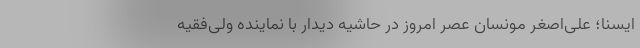
ایسنا؛ علی‌اصغر مونسان عصر امروز در حاشیه دیدار با نماینده ولی‌فقیه